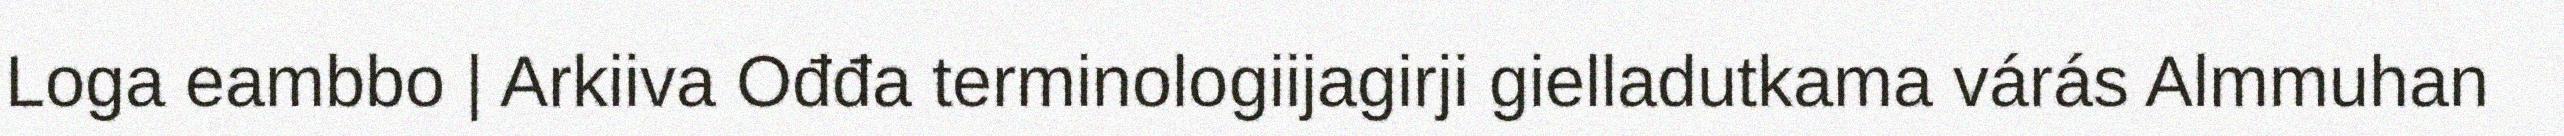
Loga eambbo | Arkiiva Ođđa terminologiijagirji gielladutkama várás Almmuhan